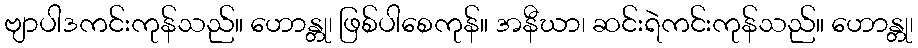
ဗျာပါဒကင်းကုန်သည်။ ဟောန္တု၊ ဖြစ်ပါစေကုန်။ အနီဃာ၊ ဆင်းရဲကင်းကုန်သည်။ ဟောန္တု၊